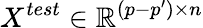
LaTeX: X^{test}\in\mathbb{R}^{(p-p^{\prime})\times n}